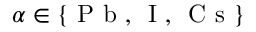
\alpha \in \{ \textrm { P b } , \, \textrm { I } , \, \textrm { C s } \}